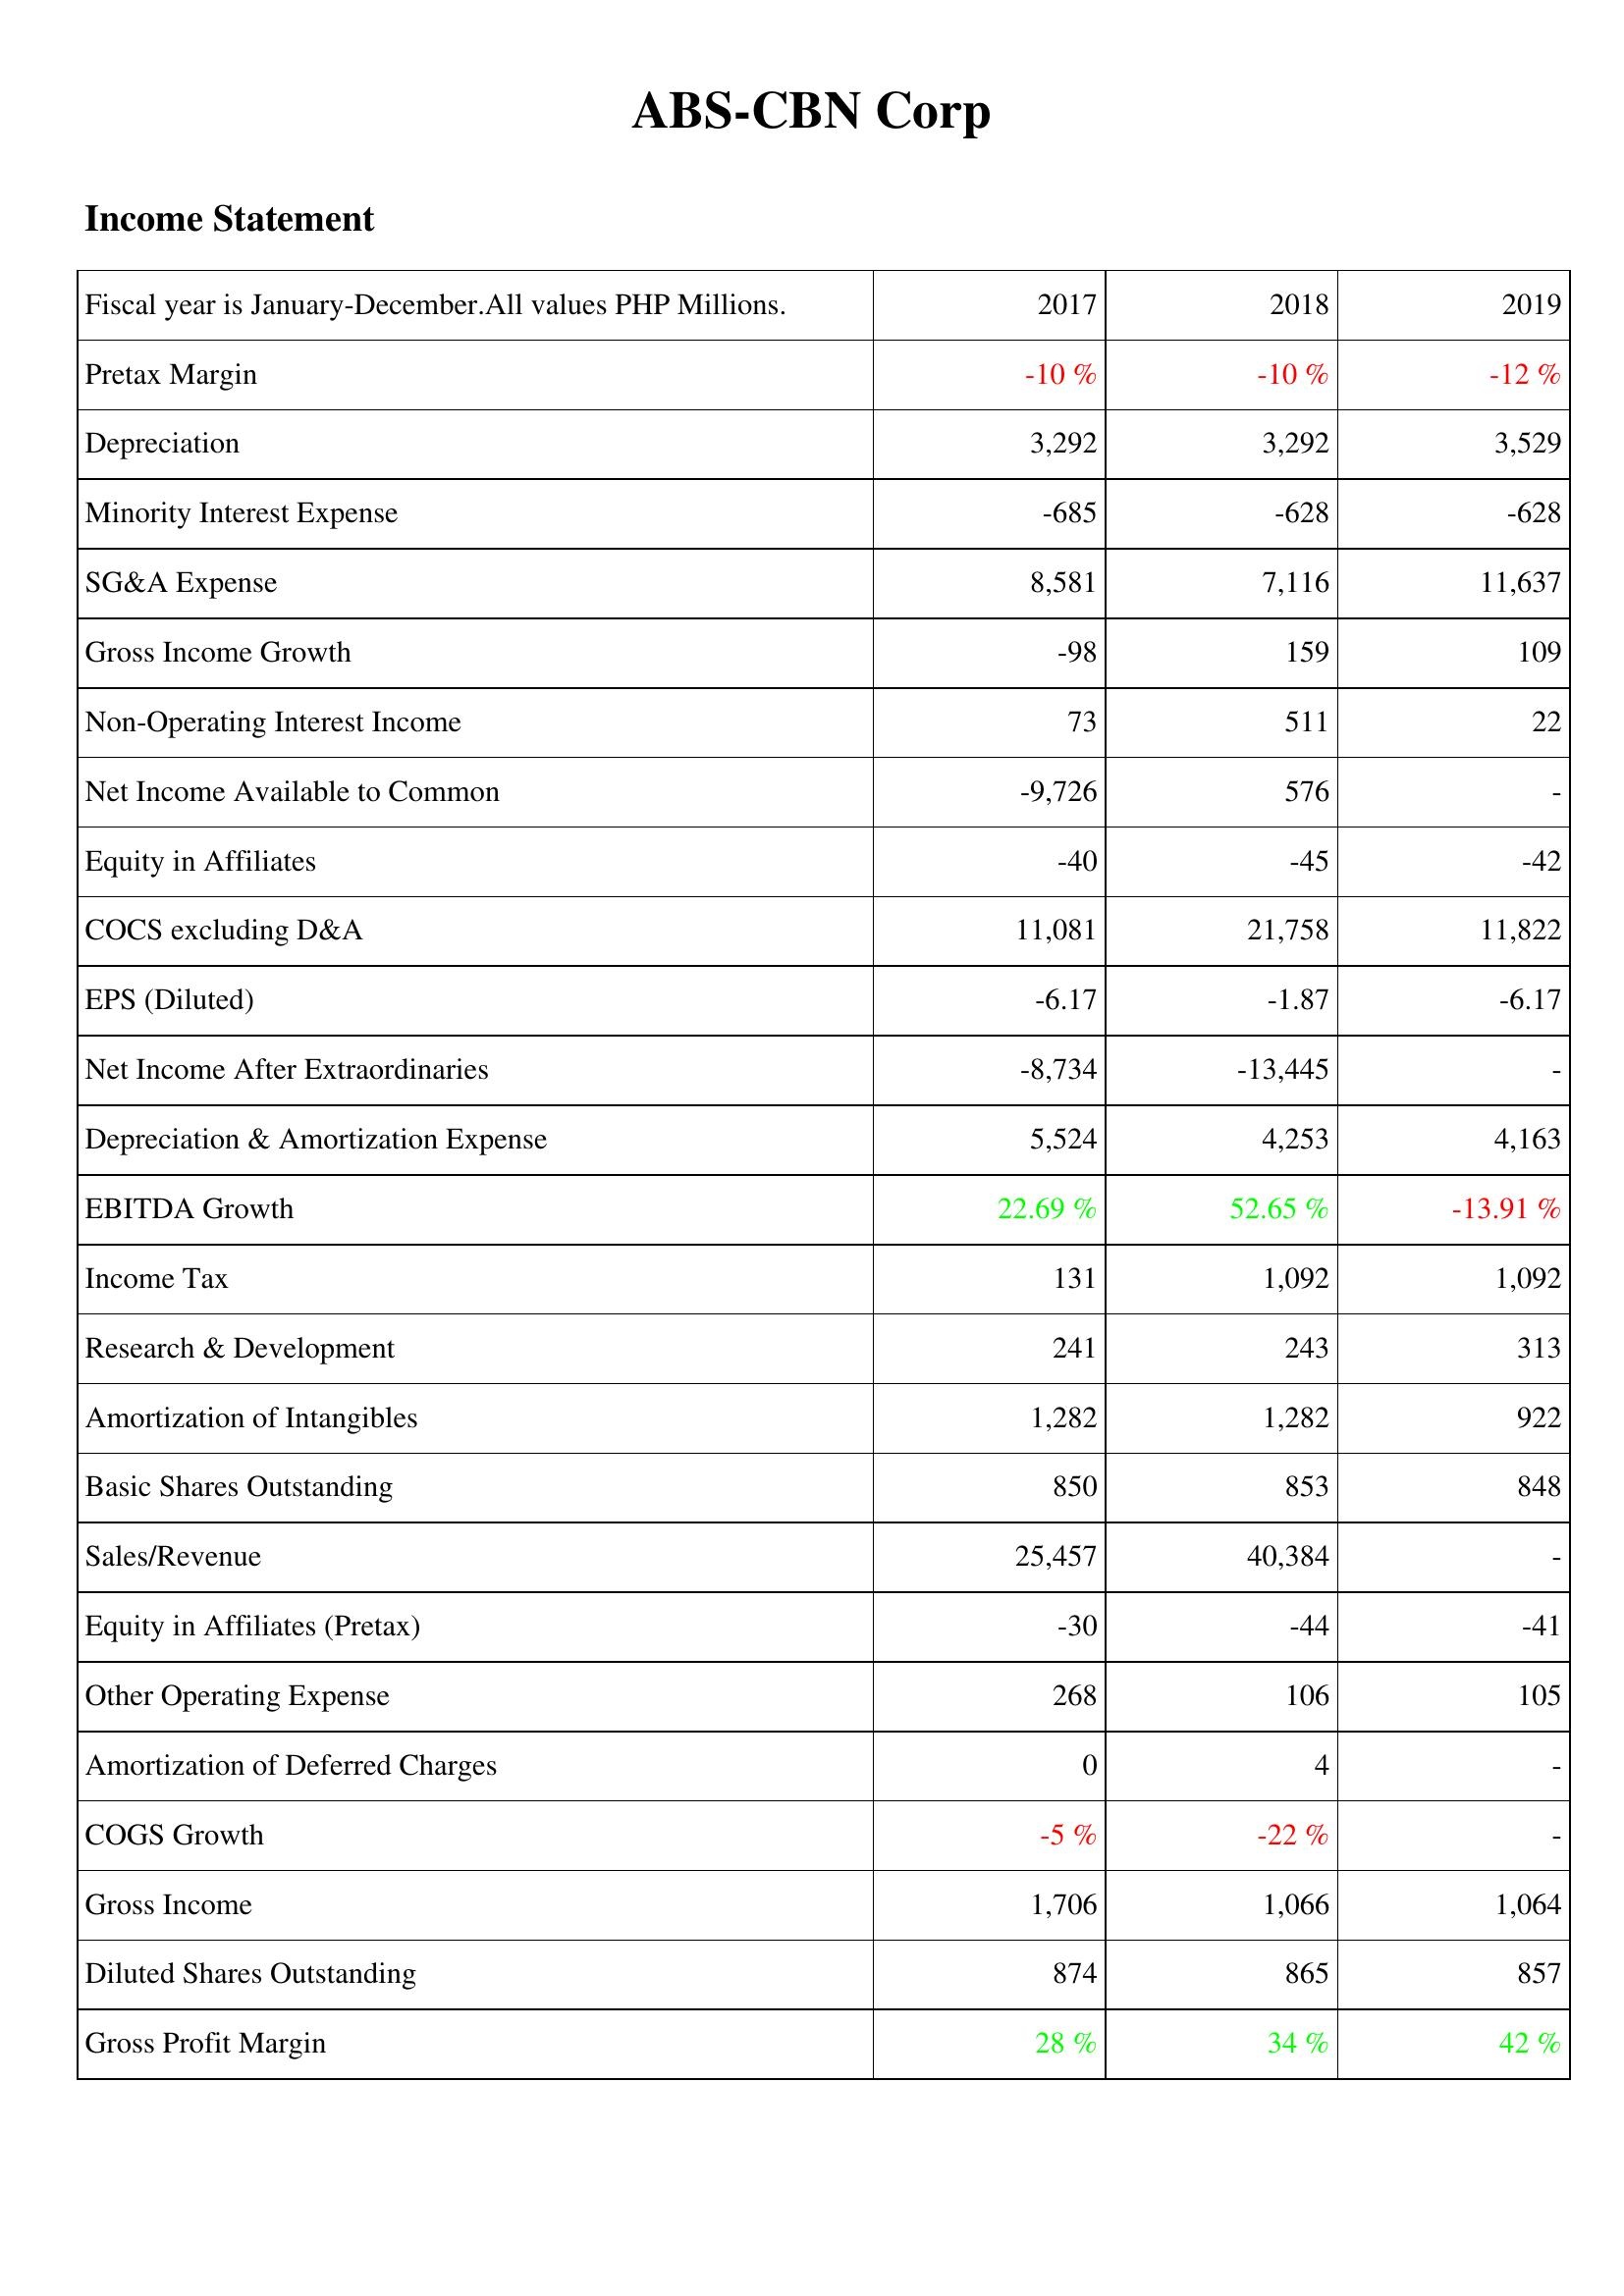
2017: Income Statement: Pretax Margin: -10 %
Depreciation: 3,292
Minority Interest Expense: -685
SG&A Expense: 8,581
Gross Income Growth: -98
Non-Operating Interest Income: 73
Net Income Available to Common: -9,726
Equity in Affiliates: -40
COCS excluding D&A: 11,081
EPS (Diluted): -6.17
Net Income After Extraordinaries: -8,734
Depreciation & Amortization Expense: 5,524
EBITDA Growth: 22.69 %
Income Tax: 131
Research & Development: 241
Amortization of Intangibles: 1,282
Basic Shares Outstanding: 850
Sales/Revenue: 25,457
Equity in Affiliates (Pretax): -30
Other Operating Expense: 268
Amortization of Deferred Charges: 0
COGS Growth: -5 %
Gross Income: 1,706
Diluted Shares Outstanding: 874
Gross Profit Margin: 28 %
2018: Income Statement: Pretax Margin: -10 %
Depreciation: 3,292
Minority Interest Expense: -628
SG&A Expense: 7,116
Gross Income Growth: 159
Non-Operating Interest Income: 511
Net Income Available to Common: 576
Equity in Affiliates: -45
COCS excluding D&A: 21,758
EPS (Diluted): -1.87
Net Income After Extraordinaries: -13,445
Depreciation & Amortization Expense: 4,253
EBITDA Growth: 52.65 %
Income Tax: 1,092
Research & Development: 243
Amortization of Intangibles: 1,282
Basic Shares Outstanding: 853
Sales/Revenue: 40,384
Equity in Affiliates (Pretax): -44
Other Operating Expense: 106
Amortization of Deferred Charges: 4
COGS Growth: -22 %
Gross Income: 1,066
Diluted Shares Outstanding: 865
Gross Profit Margin: 34 %
2019: Income Statement: Pretax Margin: -12 %
Depreciation: 3,529
Minority Interest Expense: -628
SG&A Expense: 11,637
Gross Income Growth: 109
Non-Operating Interest Income: 22
Net Income Available to Common: -
Equity in Affiliates: -42
COCS excluding D&A: 11,822
EPS (Diluted): -6.17
Net Income After Extraordinaries: -
Depreciation & Amortization Expense: 4,163
EBITDA Growth: -13.91 %
Income Tax: 1,092
Research & Development: 313
Amortization of Intangibles: 922
Basic Shares Outstanding: 848
Sales/Revenue: -
Equity in Affiliates (Pretax): -41
Other Operating Expense: 105
Amortization of Deferred Charges: -
COGS Growth: -
Gross Income: 1,064
Diluted Shares Outstanding: 857
Gross Profit Margin: 42 %